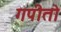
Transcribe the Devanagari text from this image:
गपीतो